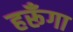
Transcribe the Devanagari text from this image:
हरूँगा